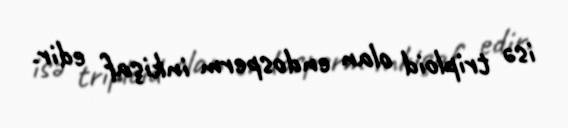
isə triploid olan endosperm inkişaf edir.